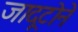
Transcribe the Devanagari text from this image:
जादूटोने